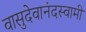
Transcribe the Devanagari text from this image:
वासुदेवानंदस्वामी